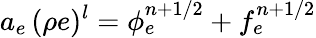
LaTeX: a_{e}\, (\rho e)^{l}={\phi}_{e}^{n+1/2}+f_{e}^{n+1/2}